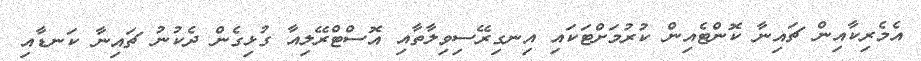
އެމެރިކާއިން ޗައިނާ ކޮންޓެއިން ކުރުމަށްޓަކައި އިނގިރޭސިވިލާތާއި އޮސްޓްރޭލިއާ ގުޅިގެން ދެކުނު ޗައިނާ ކަނޑާއި